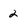
Character: 2